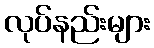
လုပ်နည်းများ